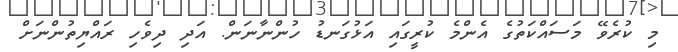
މި ކުރެވޭ މަސައްކަތުގެ އެންމެ ކުރީގައި އަޅުގަނޑު ހުންނާނަން. އަދި ދިވެހި ރައްޔިތުންނަށް